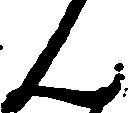
ん